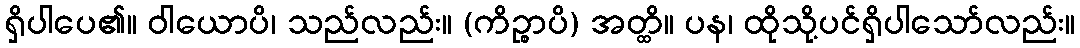
ရှိပါပေ၏။ ဝါယောပိ၊ သည်လည်း။ (ကိဉ္စာပိ) အတ္ထိ။ ပန၊ ထိုသို့ပင်ရှိပါသော်လည်း။